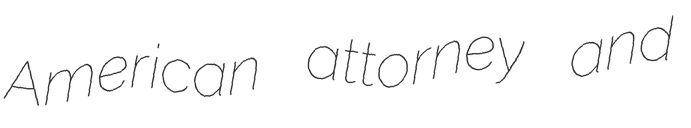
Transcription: American attorney and